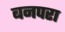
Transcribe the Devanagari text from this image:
बनपरा